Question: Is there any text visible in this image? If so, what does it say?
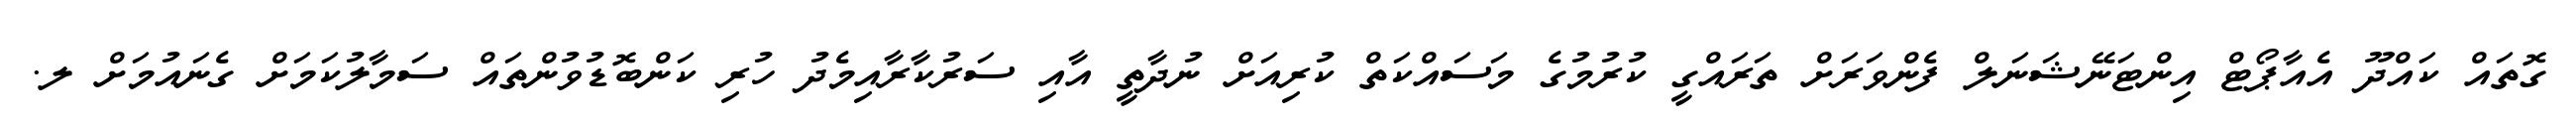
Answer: ގޮތައް ކައްދޫ އެއާޕޯޓް އިންޓަނޭޝަނަލް ފެންވަރަށް ތަރައްގީ ކުރުމުގެ މަސައްކަތް ކުރިއަށް ނުދާތީ އާއި ސަރުކާރާއިމެދު ހުރި ކަންބޮޑުވުންތައް ސަމާލުކަމަށް ގެނައުމަށް ލ.